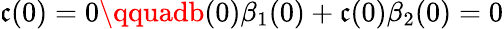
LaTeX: \mathfrak{c}(0)=0\qquadb(0)\beta_{1}(0)+\mathfrak{c}(0)\beta_{2}(0)=0